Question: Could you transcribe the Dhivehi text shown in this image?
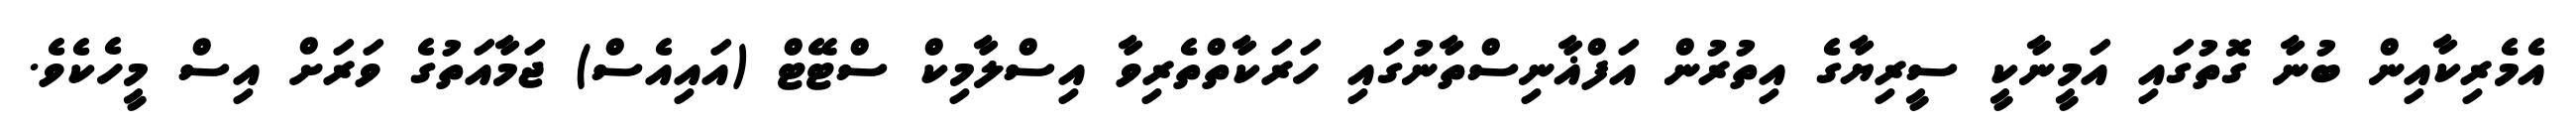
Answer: އެމެރިކާއިން ބުނާ ގޮތުގައި އަމީނާކީ ސީރިޔާގެ އިތުރުން އަފްޣާނިސްތާނުގައި ހަރަކާތްތެރިވާ އިސްލާމިކް ސްޓޭޓް (އައިއެސް) ޖަމާއަތުގެ ވަރަށް އިސް މީހެކެވެ.